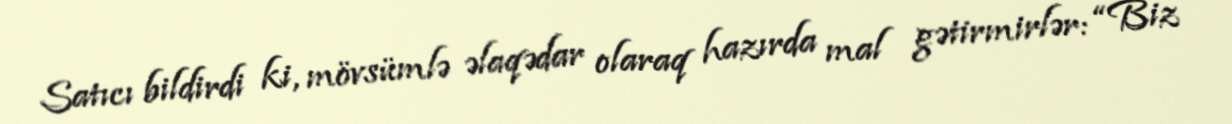
Satıcı bildirdi ki, mövsümlə əlaqədar olaraq hazırda mal gətirmirlər: “Biz